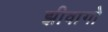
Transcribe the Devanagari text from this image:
झीवागो